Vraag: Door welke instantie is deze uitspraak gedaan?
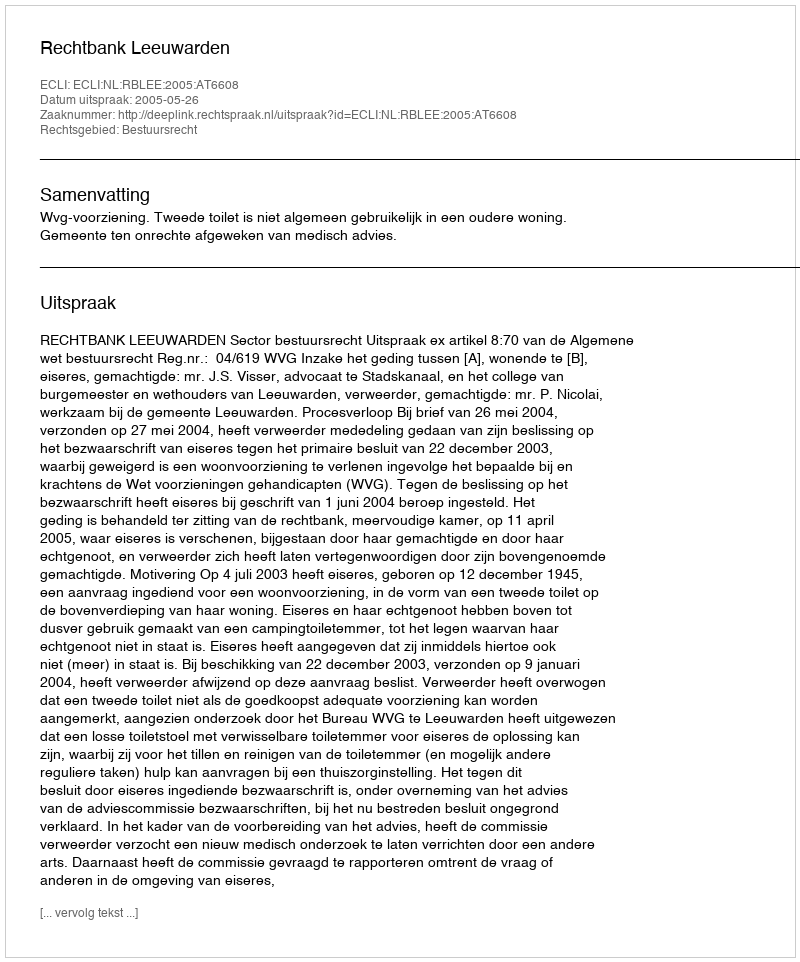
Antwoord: Rechtbank Leeuwarden